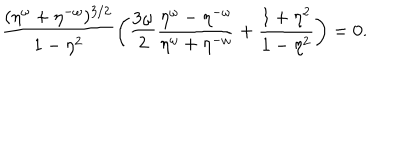
LaTeX: \frac { ( \eta ^ { \omega } + \eta ^ { - \omega } ) ^ { 3 / 2 } } { 1 - \eta ^ { 2 } } \left( \frac { 3 \omega } 2 \frac { \eta ^ { \omega } - \eta ^ { - \omega } } { \eta ^ { \omega } + \eta ^ { - \omega } } + \frac { 1 + \eta ^ { 2 } } { 1 - \eta ^ { 2 } } \right) = 0 .